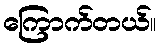
ကြောက်တယ်။